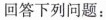
回答下列问题：